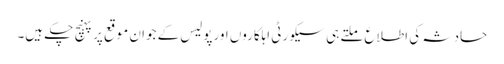
حادثہ کی اطلاع ملتے ہی سیکورٹی اہلکاروں اورپولیس کے جوان موقع پرپہنچ چکے ہیں۔